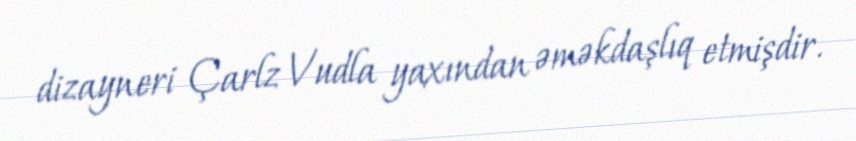
dizayneri Çarlz Vudla yaxından əməkdaşlıq etmişdir.